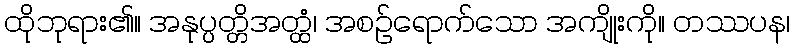
ထိုဘုရား၏။ အနုပ္ပတ္တိအတ္ထံ၊ အစဉ်ရောက်သော အကျိုးကို။ တဿပန၊